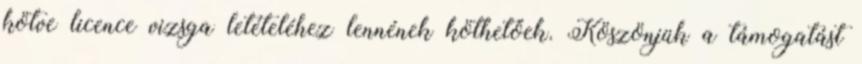
kötve licence vizsga letételéhez lennének köthetőek. Köszönjük a támogatást